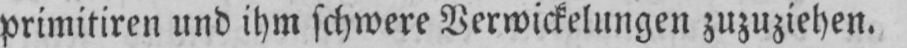
primitiren und ihm schwere Verwickelungen zuzuziehen.